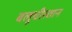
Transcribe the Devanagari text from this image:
बलूचीस्तान